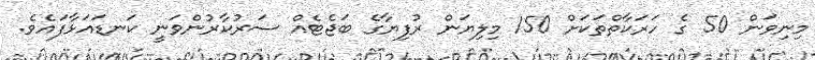
މިނިވަން 50 ގެ ހަރަކާތްތަކަށް 150 މިލިޔަން ރުފިޔާގެ ބަޖެޓެއް ސަރުކާރުންވަނީ ކަނޑައަޅާފައެވެ.